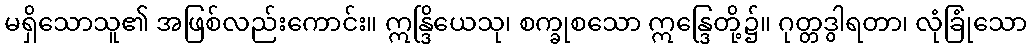
မရှိသောသူ၏ အဖြစ်လည်းကောင်း။ ဣန္ဒြိယေသု၊ စက္ခုစသော ဣန္ဒြေတို့၌။ ဂုတ္တဒွါရတာ၊ လုံခြုံသော